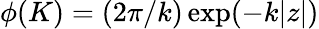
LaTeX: \phi(K)=(2\pi/k)\exp(-k|z|)